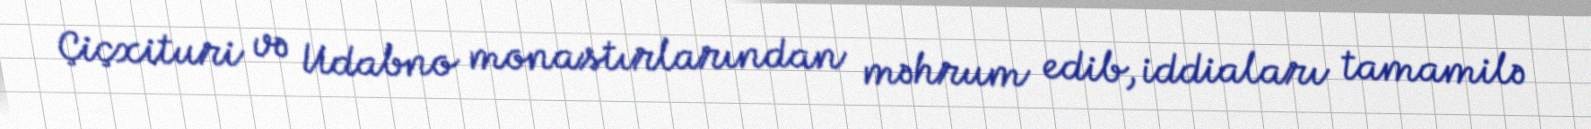
Çiçxituri və Udabno monastırlarından məhrum edib, iddiaları tamamilə